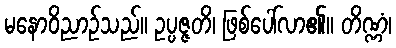
မနောဝိညာဉ်သည်။ ဥပ္ပဇ္ဇတိ၊ ဖြစ်ပေါ်လာ၏။ တိဏ္ဏံ၊